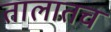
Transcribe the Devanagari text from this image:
तालातच